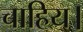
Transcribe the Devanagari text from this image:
चाहिय।